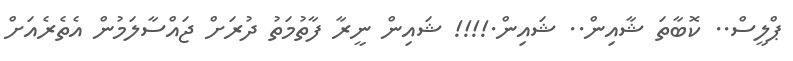
ޕްލީސް.. ކޮބާތަ ޝާއިން.. ޝައިން.!!!! ޝައިން ނީރާ ފާތުމަތު ދުރަށް ޖައްސާލަމުން އެތެރެއަށް